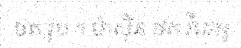
ថត រូប ។ ម៉ាស៊ីន ថត វីដេអូ